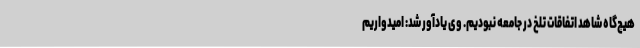
هیچ‌گاه شاهد اتفاقات تلخ در جامعه نبودیم. وی یادآور شد: امیدواریم